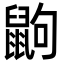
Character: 鼩